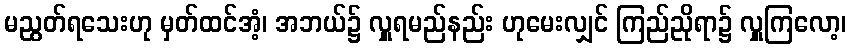
မညွတ်ရသေးဟု မှတ်ထင်အံ့၊ အဘယ်၌ လှူရမည်နည်း ဟုမေးလျှင် ကြည်ညိုရာ၌ လှူကြလော့၊